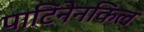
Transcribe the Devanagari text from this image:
पाटिनेनकिल